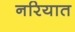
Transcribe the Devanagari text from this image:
नरियात